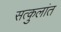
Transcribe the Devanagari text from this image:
सत्कुलांत